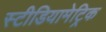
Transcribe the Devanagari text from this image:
स्टीडियामेट्रिक